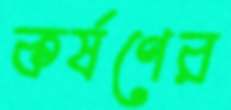
কর্ষণের